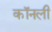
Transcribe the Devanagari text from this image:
कॉनली